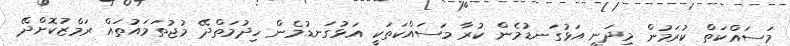
މަސައްކަތް ކުރަމުން މިދަނީ އަޅުގަނޑުމެން ކުރާ މަސައްކަތަކީ އަޅުގަނޑުމެން ހިދުމަތްދޭ މުޖުތަމައުތައް ރަމްޒުކޮށްދޭ